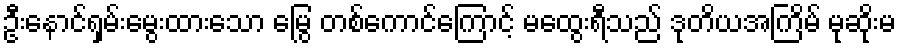
ဦးနောင်ရှမ်းမွေးထားသော မြွေ တစ်ကောင်ကြောင့် မထွေးရီသည် ဒုတိယအကြိမ် မုဆိုးမ